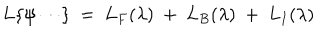
L \{ \psi \cdots \} ~ = ~ L _ { F } ( \lambda ) ~ + ~ L _ { B } ( \lambda ) ~ + ~ L _ { I } ( \lambda )